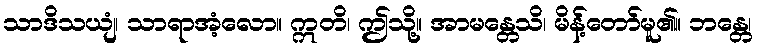
သာဒိသယျံ၊ သာရာအံ့လော။ ဣတိ၊ ဤသို့။ အာမန္တေသိ၊ မိန့်တော်မူ၏။ ဘန္တေ၊